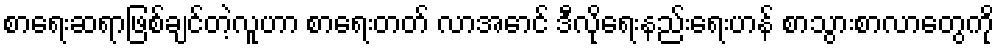
စာရေးဆရာဖြစ်ချင်တဲ့လူဟာ စာရေးတတ် လာအောင် ဒီလိုရေးနည်းရေးဟန် စာသွားစာလာတွေကို